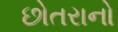
છોતરાનો